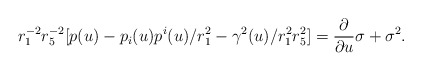
\begin{align*}r_1^{-2} r_5^{-2} [p(u) - p_i(u) p^i(u)/r_1^2 - \gamma^2(u)/r_1^2r_5^2] = {{\partial} \over {\partial u}}{\sigma} + \sigma^2.\end{align*}